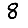
Digit: 8